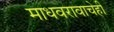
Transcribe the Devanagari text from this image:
माधवरावाचेही